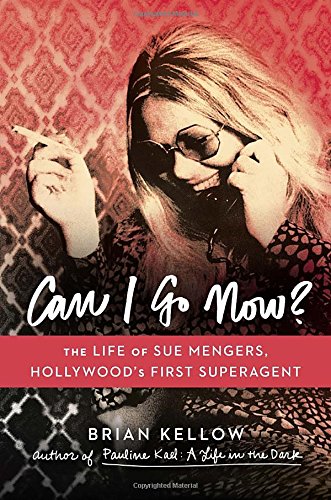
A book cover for Can I Go Now?: The Life of Sue Mengers, Hollywood's First Superagent; Brian Kellow; Humor & Entertainment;